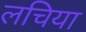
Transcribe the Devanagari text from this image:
लचिया